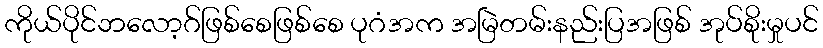
ကိုယ်ပိုင်ဘလော့ဂ်ဖြစ်စေဖြစ်စေ ပုဂံအက အမြဲတမ်းနည်းပြအဖြစ် အုပ်စိုးမှုပင်